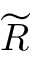
\widetilde { R }